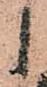
之